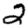
Digit: 2